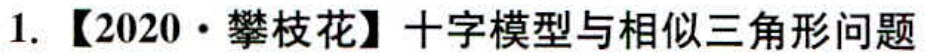
1. 【2020·攀枝花】十字模型与相似三角形问题